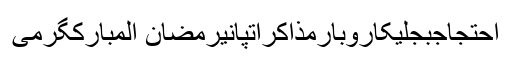
احتجاجبجلیکاروبارمذاکراتپانیرمضان المبارکگرمی